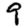
Digit: 9